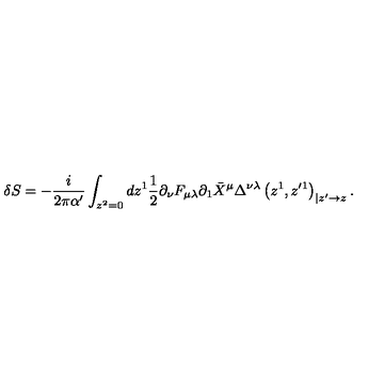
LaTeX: \delta S = - \frac { i } { 2 \pi \alpha ^ { \prime } } \int _ { z ^ { 2 } = 0 } d z ^ { 1 } \frac { 1 } { 2 } \partial _ { \nu } F _ { \mu \lambda } \partial _ { 1 } \bar { X } ^ { \mu } \Delta ^ { \nu \lambda } \left( z ^ { 1 } , z ^ { \prime 1 } \right) _ { | z ^ { \prime } \to z } .